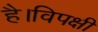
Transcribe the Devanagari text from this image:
है।विपक्षी